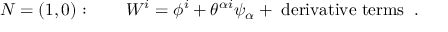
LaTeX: N = ( 1 , 0 ) : \qquad W ^ { i } = \phi ^ { i } + \theta ^ { \alpha i } \psi _ { \alpha } + \mathrm { \small ~ d e r i v a t i v e ~ t e r m s ~ } \; .